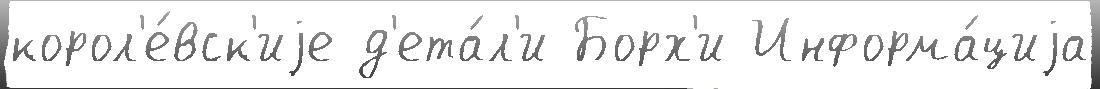
корол'е́вск'иjе д'ета́л'и Борх'и Информа́циjа